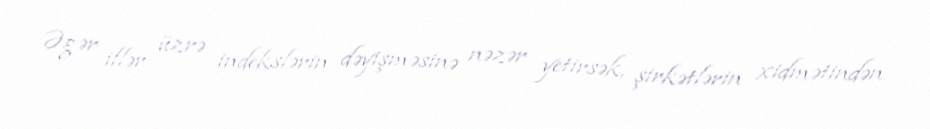
Əgər illər üzrə indekslərin dəyişməsinə nəzər yetirsək, şirkətlərin xidmətindən